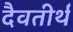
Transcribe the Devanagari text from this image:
दैवतीर्थ